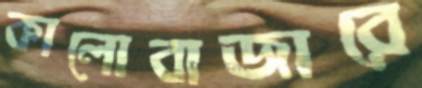
কালোবাজারে